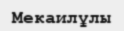
Мекаилұлы